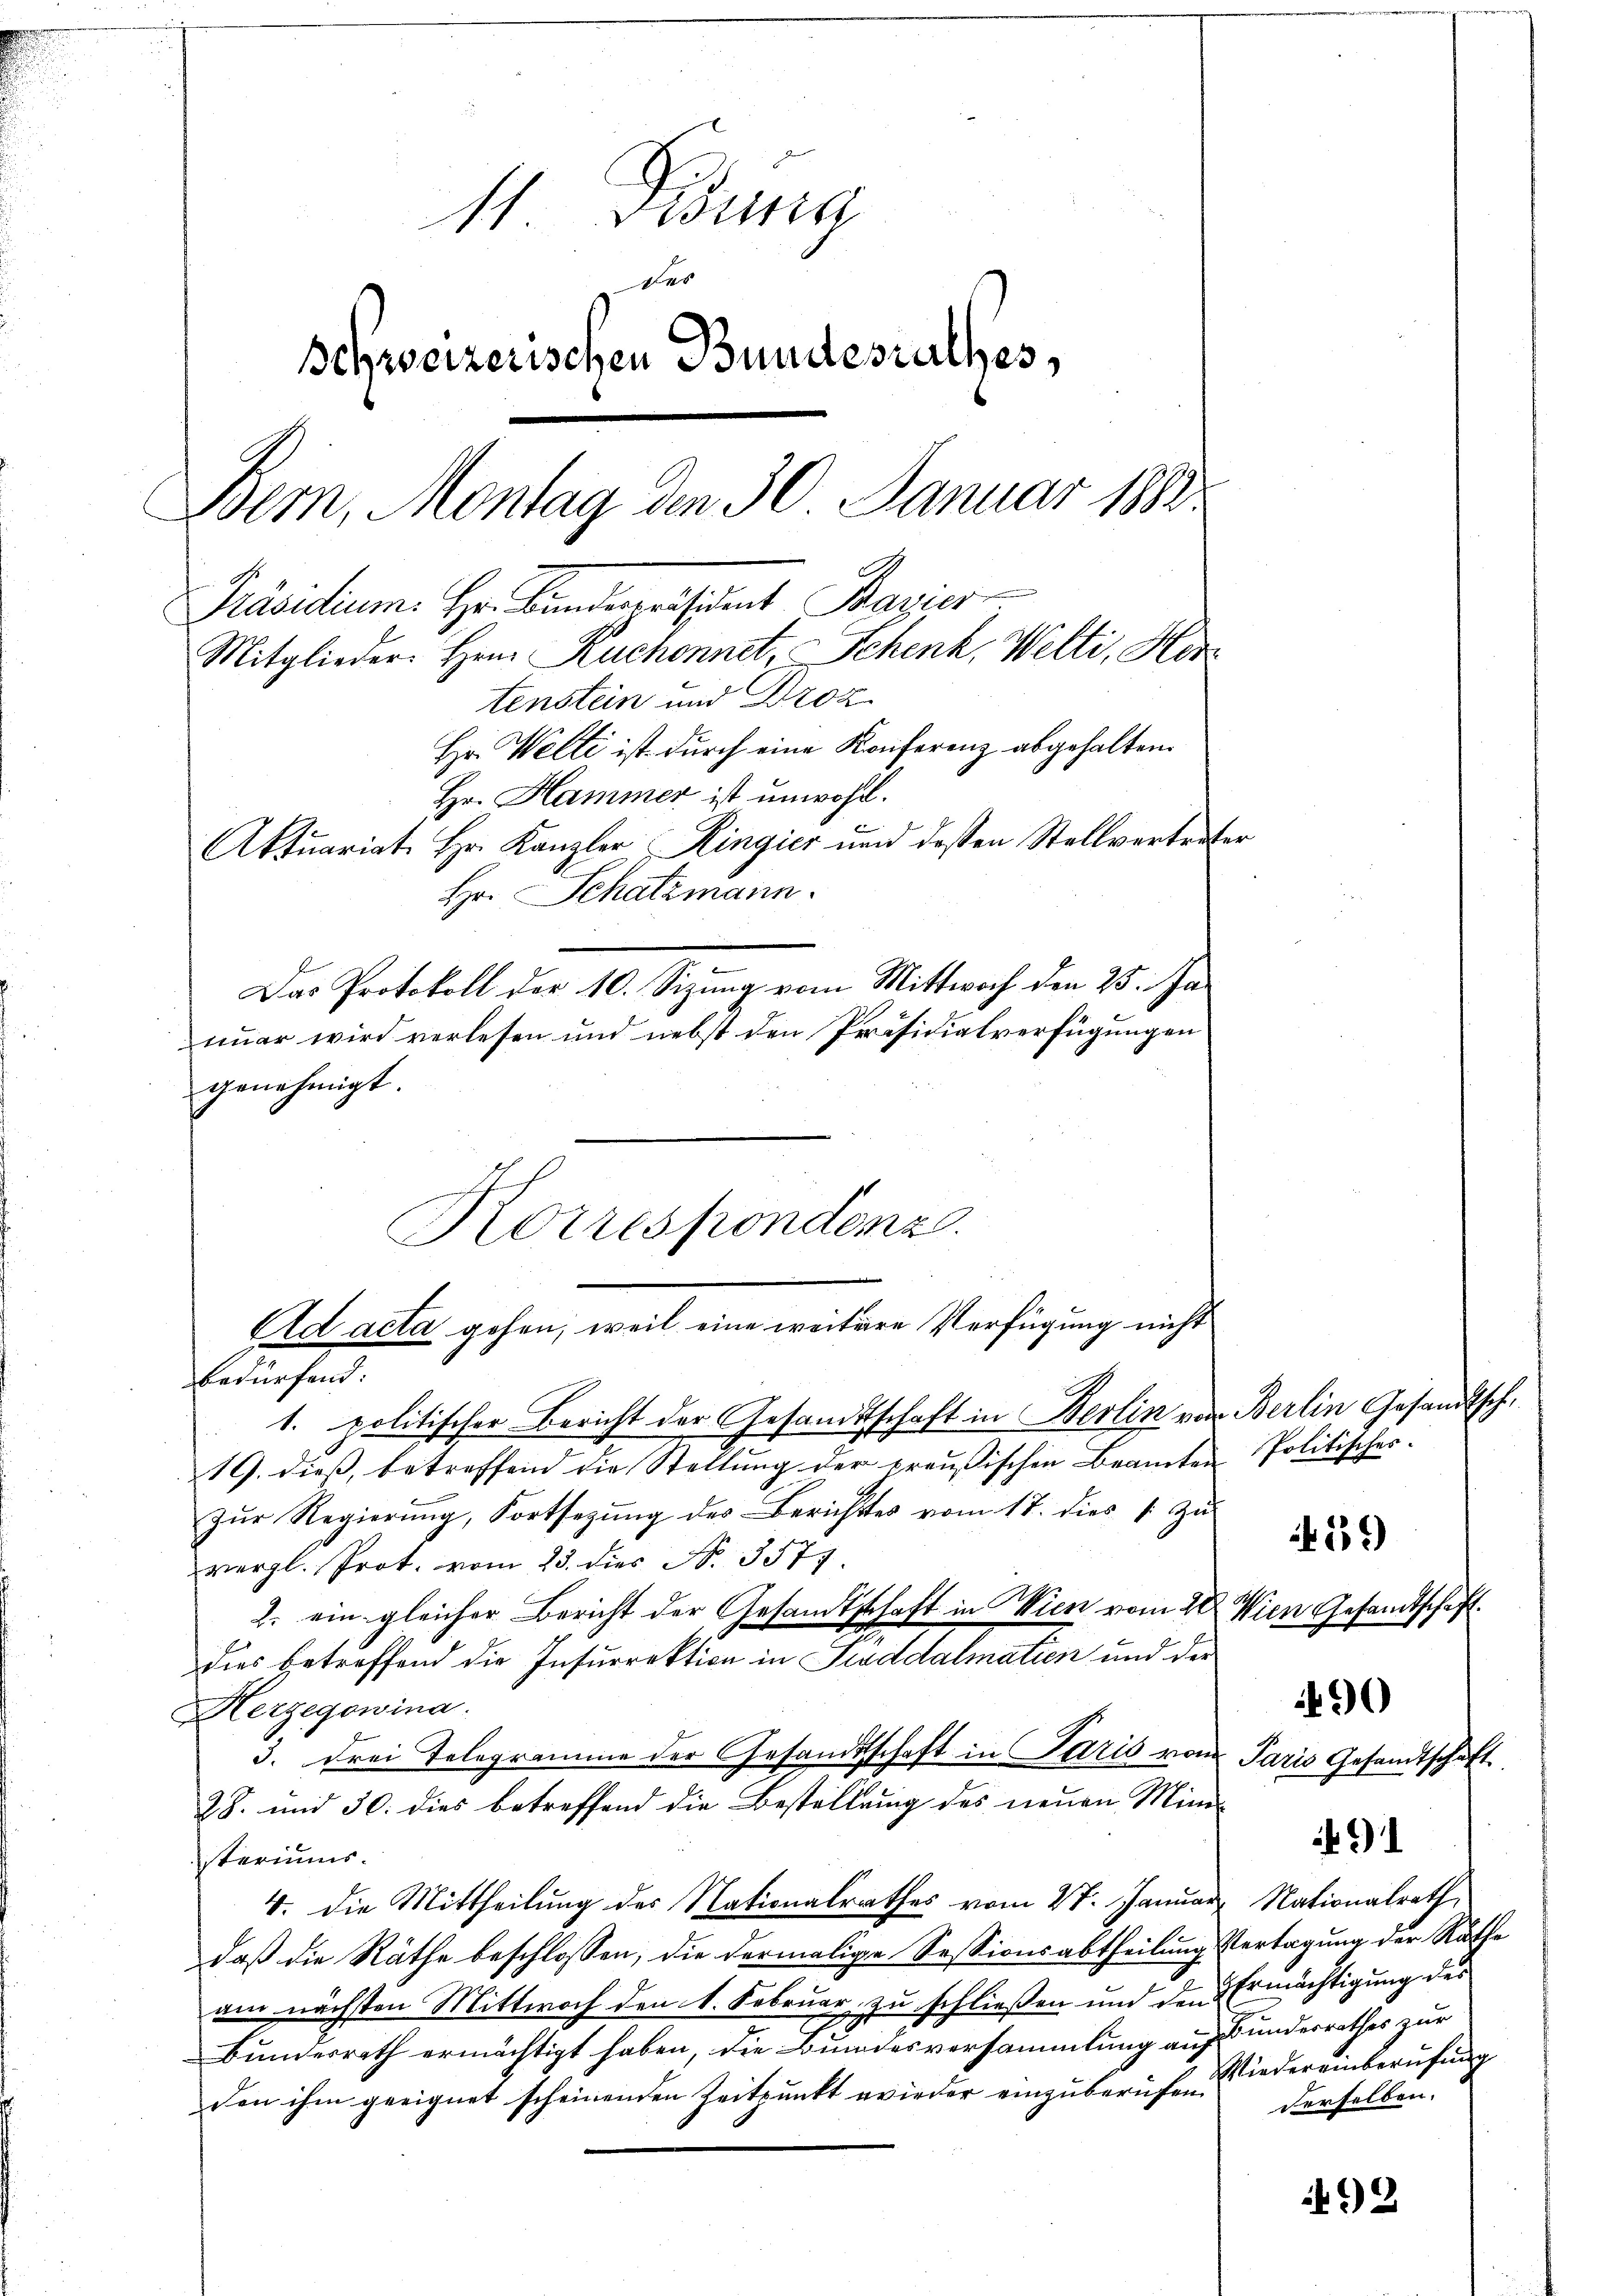
11. Disung
Schweizerischen Bundesrathes,
Bern, Montag den 30. Januar 1882
Präsidium. Hr. Banderseitdent Bavier
Mitglieder. Hrn. Ruchonnet, Schenk, Welti, Hertenstein und Droz.
Hr. Welti ist durch eine Konferenz abgehalten.
Hr. Hammer ist unwohl.
Aktuariat Hr. Kanzler Ringier und dessen Stellvertreter
Hr. Schatzmann.
Das Protokoll der 10. Sizung vom Mittwoch den 25. Jaiar wird verlesen und nebst den Präsidialverfügungen

genehmigt.
1. politischer Bericht der Gesandtschaft in Berlin von Berlin Gesandtsch¬
19. dieß, betreffend die Stellung der preußischen Beamten
Zur Regierung, Fortsezung des Berichtes vom 17. dies 1 zu
vergl. Prot. vom 23. dies N. 3577
2. ein gleicher Bericht der Gesandtschaft in Wien vom 28.
dies betreffend die Insurrektion in Sirddalmatien und der
Herzegowina.
3. drei Telegramme der Gesandtschaft in Paris vom
28. und 30. dies betreffend die Bestellung des neuen Mini-
steriums.
4. die Mittheilung des Nationalrathes vom 27. Januar,
daß die Räthe beschlossen, die dermalige Sessionsabtheilungs
am nächsten Mittwoch den 1. Februar zu schließen und den
Bundesrath ermächtigt haben, die Bundesversammlung auf
den ihm geeignet scheinenden Zeitpunkt wieder einzuberufen

Korrespondenz.
Ad acta gehen, weil eine weitere Verfügung nicht
bedürfend:

Politisches.

Wien Gesandtschaft

539)

Paris Gesandtschaft.

9

491

Nationalrath,
Vertagung der Räthe
Ermächtigung des
Bundesrathes zur
Niedereinberufung
derselben.

492